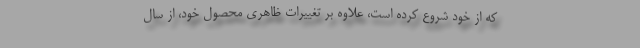
که از خود شروع کرده است، علاوه بر تغییرات ظاهری محصول خود، از سال